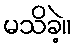
မသိခဲ့။